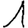
Digit: 1